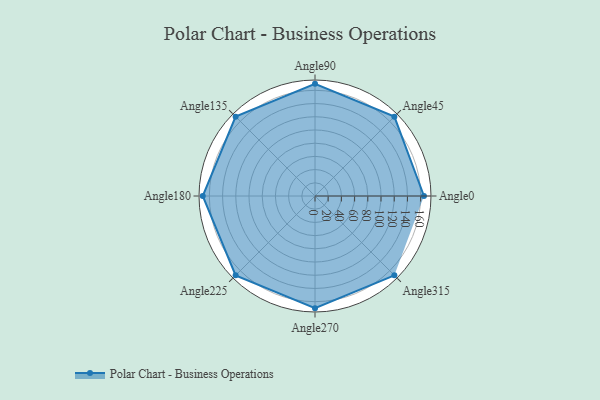
{"axis": {"x": "Angle", "y": "Radius"}, "legend": [""], "data": [{"x": "Angle0", "y": 165.0, "type": ""}, {"x": "Angle45", "y": 170, "type": ""}, {"x": "Angle90", "y": 170, "type": ""}, {"x": "Angle135", "y": 170, "type": ""}, {"x": "Angle180", "y": 170, "type": ""}, {"x": "Angle225", "y": 170, "type": ""}, {"x": "Angle270", "y": 170, "type": ""}, {"x": "Angle315", "y": 170, "type": ""}]}